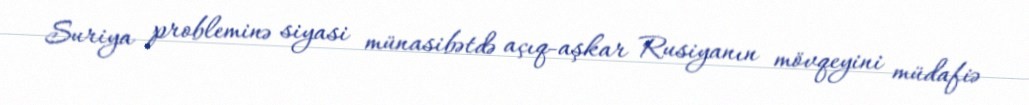
Suriya probleminə siyasi münasibətdə açıq-aşkar Rusiyanın mövqeyini müdafiə